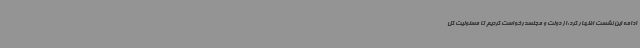
ادامه این نشست اظهار کرد:از دولت و مجلسدرخواست کردیم تا مسئولیت کل